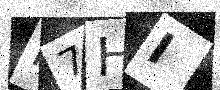
Text: N7HI